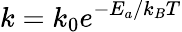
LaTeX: k=k_{0}e^{{-E_{a}}/{k_{B}T}}